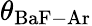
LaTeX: \theta_{\mathrm{BaF-Ar}}